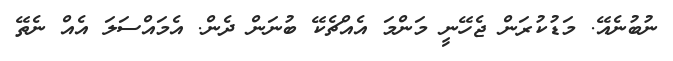
ނުބުނެއޭ. މަޑުކުރަން ޖެހޭނީ މަންމަ އެއްޗެކޭ ބުނަން ދެން. އެމައްސަލަ އެއް ނެތޭ